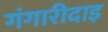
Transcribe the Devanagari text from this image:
गंगारीदाइ